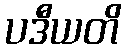
ပဒီယတိ